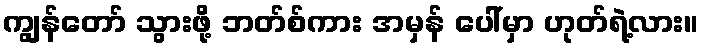
ကျွန်တော် သွားဖို့ ဘတ်စ်ကား အမှန် ပေါ်မှာ ဟုတ်ရဲ့လား။